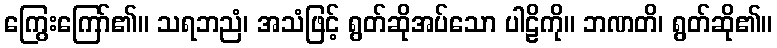
ကြွေးကြော်၏။ သရဘညံ၊ အသံဖြင့် ရွတ်ဆိုအပ်သော ပါဠိကို။ ဘဏတိ၊ ရွတ်ဆို၏။